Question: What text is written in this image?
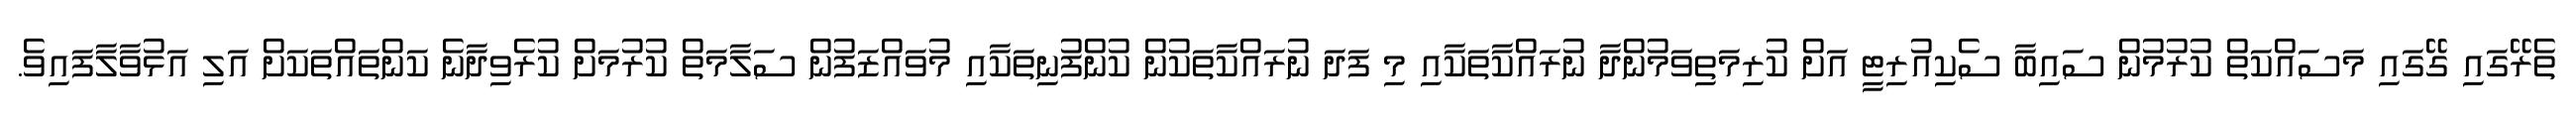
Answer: ތެރޭގައި ގޭގައި މަސައްކަތް ކުރުމުން ސައިބާ ސެކިއުރިޓީ އަށް ކުރިމަތިވަމުންދާ ނުރައްކާތަކާއި މި ފަދަ ނުރައްކާތަކުން ކުންފުނިތަކާއި މުވައްޒަފުން ސަލާމަތް ކުރުމަށް ކުރެވިދާނެ ކަންތައްތަކަށް އަލި އަޅުވާލާފައިވެ.